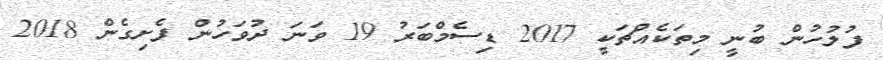
ފުލުހުން ބުނީ މިތަކެއްޗަކީ 2017 ޑިސެމްބަރު 19 ވަނަ ދުވަހުން ފެށިގެން 2018